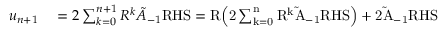
\begin{array} { r l } { u _ { n + 1 } } & { { } = 2 \sum _ { k = 0 } ^ { n + 1 } \cal R ^ { k } \tilde { \cal A } _ { - 1 } \mathrm { R H S } = \cal R \Big ( 2 \sum _ { k = 0 } ^ { n } \cal R ^ { k } \tilde { \cal A } _ { - 1 } \mathrm { R H S } \Big ) + 2 \tilde { \cal A } _ { - 1 } \mathrm { R H S } } \end{array}